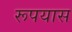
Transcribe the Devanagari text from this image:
रूपयास